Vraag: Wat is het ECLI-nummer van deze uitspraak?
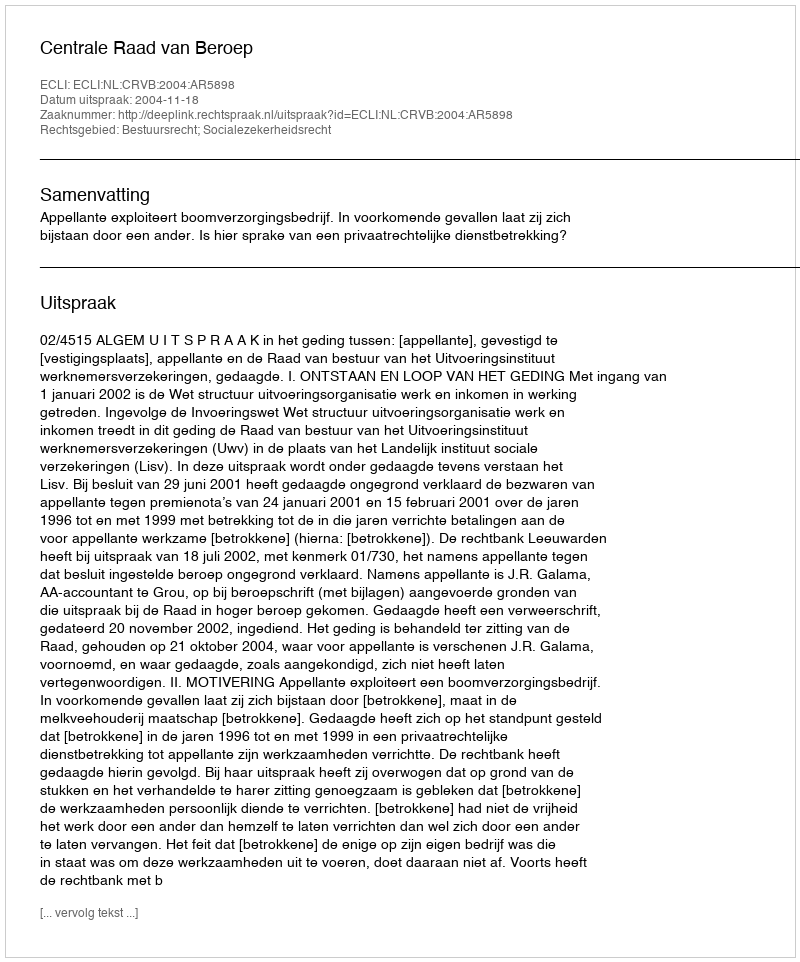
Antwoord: ECLI:NL:CRVB:2004:AR5898